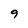
Character: 9